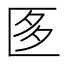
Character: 𭅚